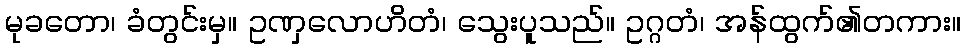
မုခတော၊ ခံတွင်းမှ။ ဥဏှလောဟိတံ၊ သွေးပူသည်။ ဥဂ္ဂတံ၊ အန်ထွက်၏တကား။